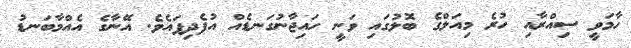
ހާމަވީ ސިއްރާއި ހުރެ މިއަލްގެ ބޮލުގައި ވަނީ ހައިޖާނުގަނޑެއް އުފެދިފައެވެ. އޭނާގެ އެއްމާބަނޑު